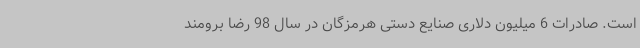
است. صادرات 6 میلیون دلاری صنایع دستی هرمزگان در سال 98 رضا برومند